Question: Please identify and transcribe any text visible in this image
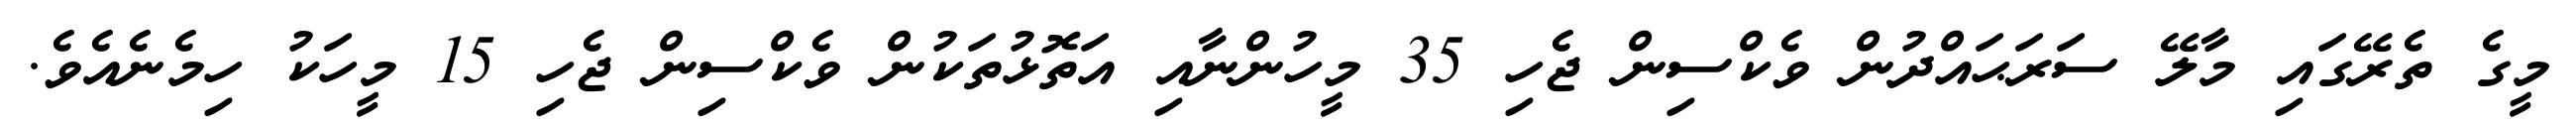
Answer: މީގެ ތެރޭގައި މާލޭ ސަރަޙައްދުން ވެކްސިން ޖެހި 35 މީހުންނާއި އަތޮޅުތަކުން ވެކްސިން ޖެހި 15 މީހަކު ހިމެނެއެވެ.